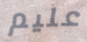
عليم